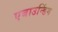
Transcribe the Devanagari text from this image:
एबाउन्डिंग